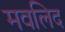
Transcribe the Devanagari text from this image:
मवलिद